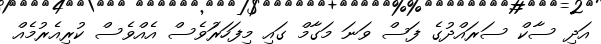
އަދި ސާކް ސަރައްދުގެ ފަސް ވަނަ މަގާމް ގައި މިފަހަރަުވެސް އެއްވެސް ކުރިއެރުމެއް